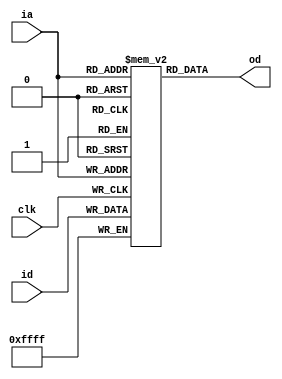
module ff32 (
	input [15:0] id, output [15:0] od,
	input [4:0] ia, input clk
);
reg [15:0] mem [0:31];
assign od = mem[ia];
always @ (posedge clk) 
	mem[ia] <= id;
endmodule